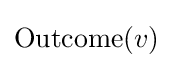
{\text{Outcome}}(v)